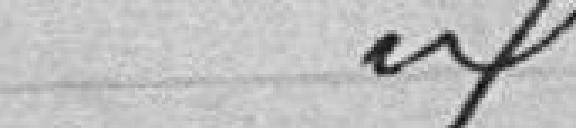
idem